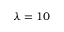
\lambda = 1 0